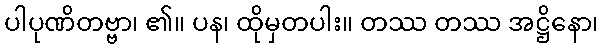
ပါပုဏိတဗ္ဗာ၊ ၏။ ပန၊ ထိုမှတပါး။ တဿ တဿ အဋ္ဌိနော၊